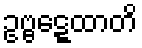
ဥဗ္ဗဋ္ဋေထာတိ